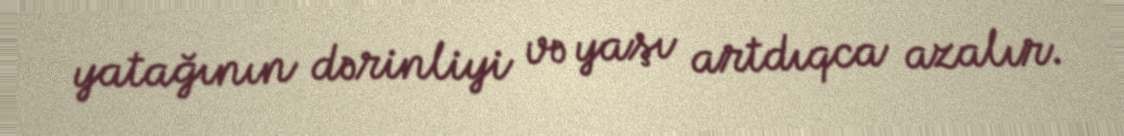
yatağının dərinliyi və yaşı artdıqca azalır.